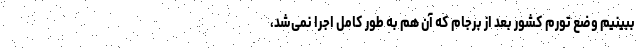
ببینیم وضع تورم کشور بعد از برجام که آن هم به طور کامل اجرا نمی‌شد،